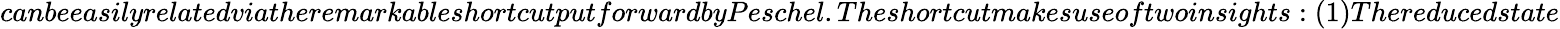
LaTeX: canbeeasilyrelatedviatheremarkableshortcutputforwardbyPeschel.Theshortcutmakesuseoftwoinsights:(1)Thereducedstate